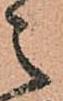
之